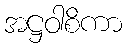
အဋ္ဌဝါစိကာ